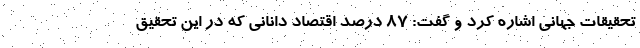
تحقیقات جهانی اشاره کرد و گفت: ۸۷ درصد اقتصاد دانانی که در این تحقیق